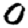
Digit: 0